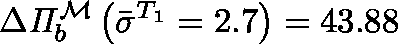
\Delta \mathit { \Pi } _ { b } ^ { \mathcal { M } } \left( \bar { \sigma } ^ { T _ { 1 } } = 2 . 7 \right) = 4 3 . 8 8 \